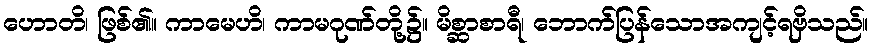
ဟောတိ၊ ဖြစ်၏။ ကာမေဟိ၊ ကာမဂုဏ်တို့၌။ မိစ္ဆာစာရီ၊ ဘောက်ပြန်သောအကျင့်ရဗှိသည်။